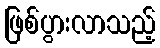
ဖြစ်ပွားလာသည့်